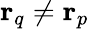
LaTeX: \mathbf{r}_{q}\neq\mathbf{r}_{p}